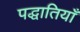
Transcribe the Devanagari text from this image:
पद्धातियाँ